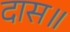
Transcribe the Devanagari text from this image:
दास॥